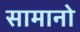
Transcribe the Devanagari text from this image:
सामानो